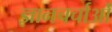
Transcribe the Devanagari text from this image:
ज्ञानचर्चाओं